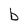
Character: b